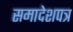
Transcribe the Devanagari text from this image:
समादेशपत्र